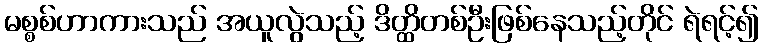
မစ္စစ်ဟာကားသည် အယူလွဲသည့် ဒိတ္ထိတစ်ဦးဖြစ်နေသည့်တိုင် ရဲရင့်၍